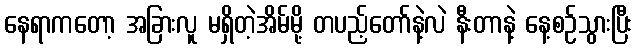
နေရာကတော့ အခြားလူ မရှိတဲ့အိမ်မို့ တပည့်တော်နဲ့လဲ နီးတာနဲ့ နေ့စဉ်သွားပြီး